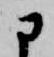
に